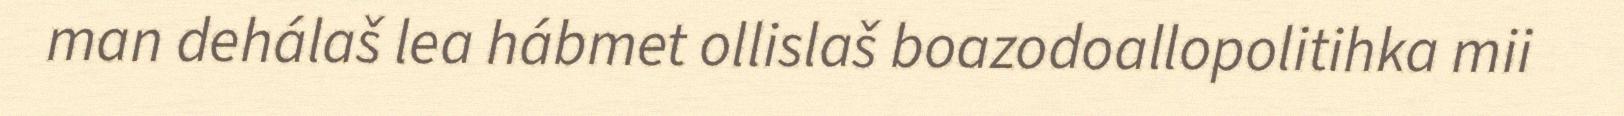
man dehálaš lea hábmet ollislaš boazodoallopolitihka mii